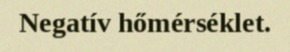
Negatív hőmérséklet.